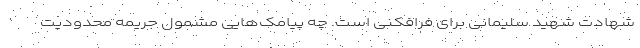
شهادت شهید سلیمانی برای فرافکنی است. چه پیامک‌هایی مشمول جریمه محدودیت